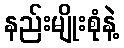
နည်းမျိုးစုံနဲ့